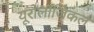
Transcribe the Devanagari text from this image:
यूरोलॉजिकल